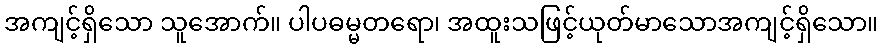
အကျင့်ရှိသော သူအောက်။ ပါပဓမ္မတရော၊ အထူးသဖြင့်ယုတ်မာသောအကျင့်ရှိသော။